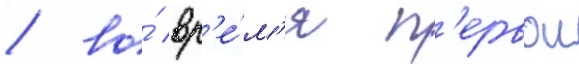
/ во́ вр'е́м'я п'ервои